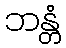
ဘန္တံ